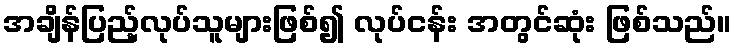
အချိန်ပြည့်လုပ်သူများဖြစ်၍ လုပ်ငန်း အတွင်ဆုံး ဖြစ်သည်။